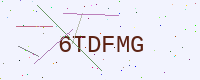
Text: 6TDFMG